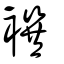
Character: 襈